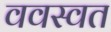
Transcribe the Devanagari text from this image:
ववस्वत